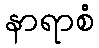
နာရာစံ